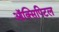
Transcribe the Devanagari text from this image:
ऑक्सिपिटल